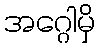
အဂ္ဂေါမှိ